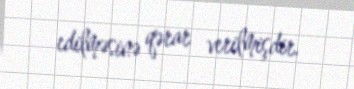
edilməsinə qərar verilmişdir.